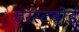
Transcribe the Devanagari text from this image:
ट्रस्टबोर्ड